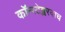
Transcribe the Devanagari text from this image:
कॉन्स्टेब्लरवाच